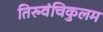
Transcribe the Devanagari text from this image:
तिरुवंचिकुलम